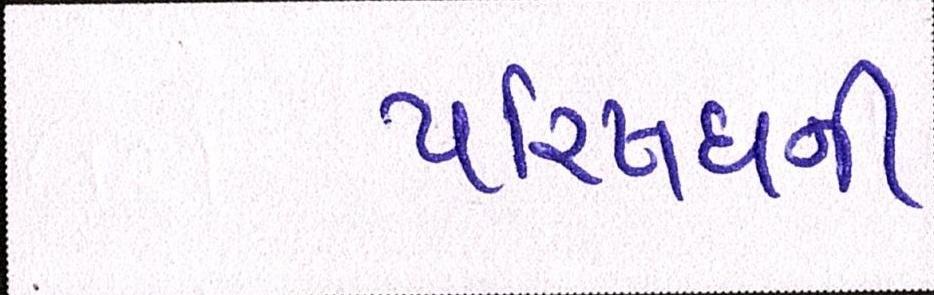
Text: પરિષધની